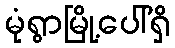
မုံရွာမြို့ပေါ်ရှိ